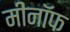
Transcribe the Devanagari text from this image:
मीनॉफ